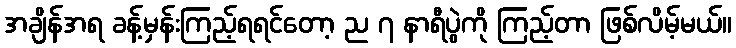
အချိန်အရ ခန့်မှန်းကြည့်ရရင်တော့ ည ၇ နာရီပွဲကို ကြည့်တာ ဖြစ်လိမ့်မယ်။